Civil Veterinary Department. Central Provinces & Berar 1932-41 - 1932-1941
Year: 1932
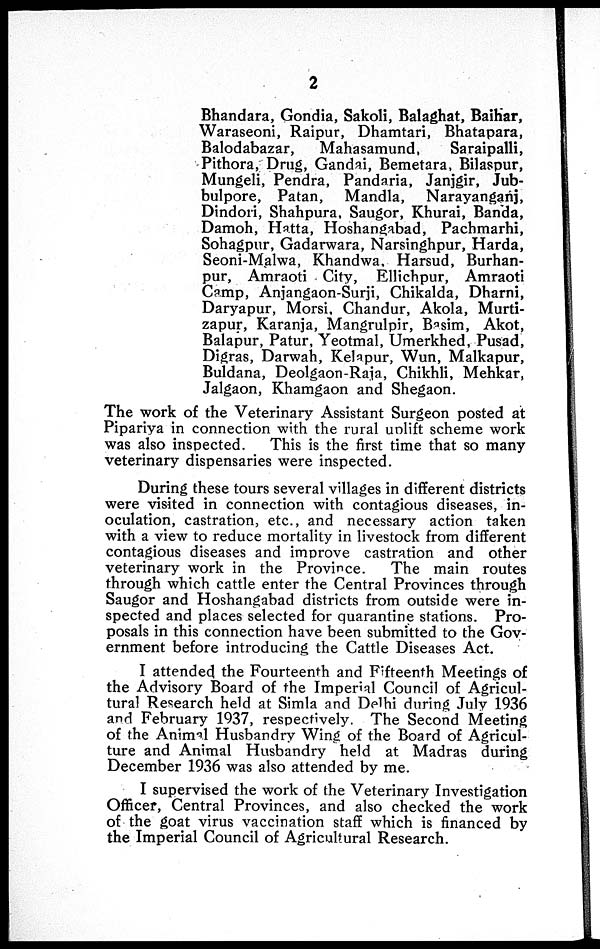
2
Bhandara, Gondia, Sakoli, Balaghat, Baihar,
Waraseoni, Raipur, Dhamtari, Bhatapara,
Balodabazar,
Mahasamund,
Saraipalli,
Pithora, Drug, Gandai, Bemetara, Bilaspur,
Mungeli, Pendra, Pandaria, Janjgir, Jub-
bulpore, Patan, Mandla, Narayanganj,
Dindori, Shahpura, Saugor, Khurai, Banda,
Damoh, Hatta, Hoshangabad, Pachmarhi,
Sohagpur, Gadarwara, Narsinghpur, Harda,
Seoni-Malwa, Khandwa, Harsud, Burhan-
pur, Amraoti City, Ellichpur, Amraoti
Camp, Anjangaon-Surji, Chikalda, Dharni,
Daryapur, Morsi, Chandur, Akola, Murti-
zapur, Karanja, Mangrulpir, Basim, Akot,
Balapur, Patur, Yeotmal, Umerkhed, Pusad,
Digras, Darwah, Kelapur, Wun, Malkapur,
Buldana, Deolgaon-Raja, Chikhli, Mehkar,
Jalgaon, Khamgaon and Shegaon.
The work of the Veterinary Assistant Surgeon posted at
Pipariya in connection with the rural unlift scheme work
was also inspected.
This is the first time that so many
veterinary dispensaries were inspected.
During these tours several villages in different districts
were visited in connection with contagious diseases, in-
oculation, castration, etc., and necessary action taken
with a view to reduce mortality in livestock from different
contagious diseases and improve castration and other
veterinary work in the Province.
The main routes
through which cattle enter the Central Provinces through
Saugor and Hoshangabad districts from outside were in-
spected and places selected for quarantine stations. Pro-
posals in this connection have been submitted to the Gov-
ernment before introducing the Cattle Diseases Act.
I attended the Fourteenth and Fifteenth Meetings of
the Advisory Board of the Imperial Council of Agricul-
tural Research held at Simla and Delhi during July 1936
and February 1937, respectively. The Second Meeting
of the Animal Husbandry Wing of the Board of Agricul-
ture and Animal Husbandry held at Madras during
December 1936 was also attended by me.
I supervised the work of the Veterinary Investigation
Officer, Central Provinces, and also checked the work
of the goat virus vaccination staff which is financed by
the Imperial Council of Agricultural Research.